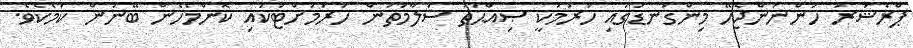
ޕްރެޝަރު ހުންނަންޖެހޭ މިންގަނޑުގައި ހުރުމަކީ ޞިއްޙަތު ސަލާމަތުން ހުރުމަށްޓަކައި ކޮންމެހެން ބޭނުން ކަމެކެވެ.